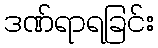
ဒဏ်ရာရခြင်း